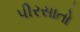
પીરસાતો